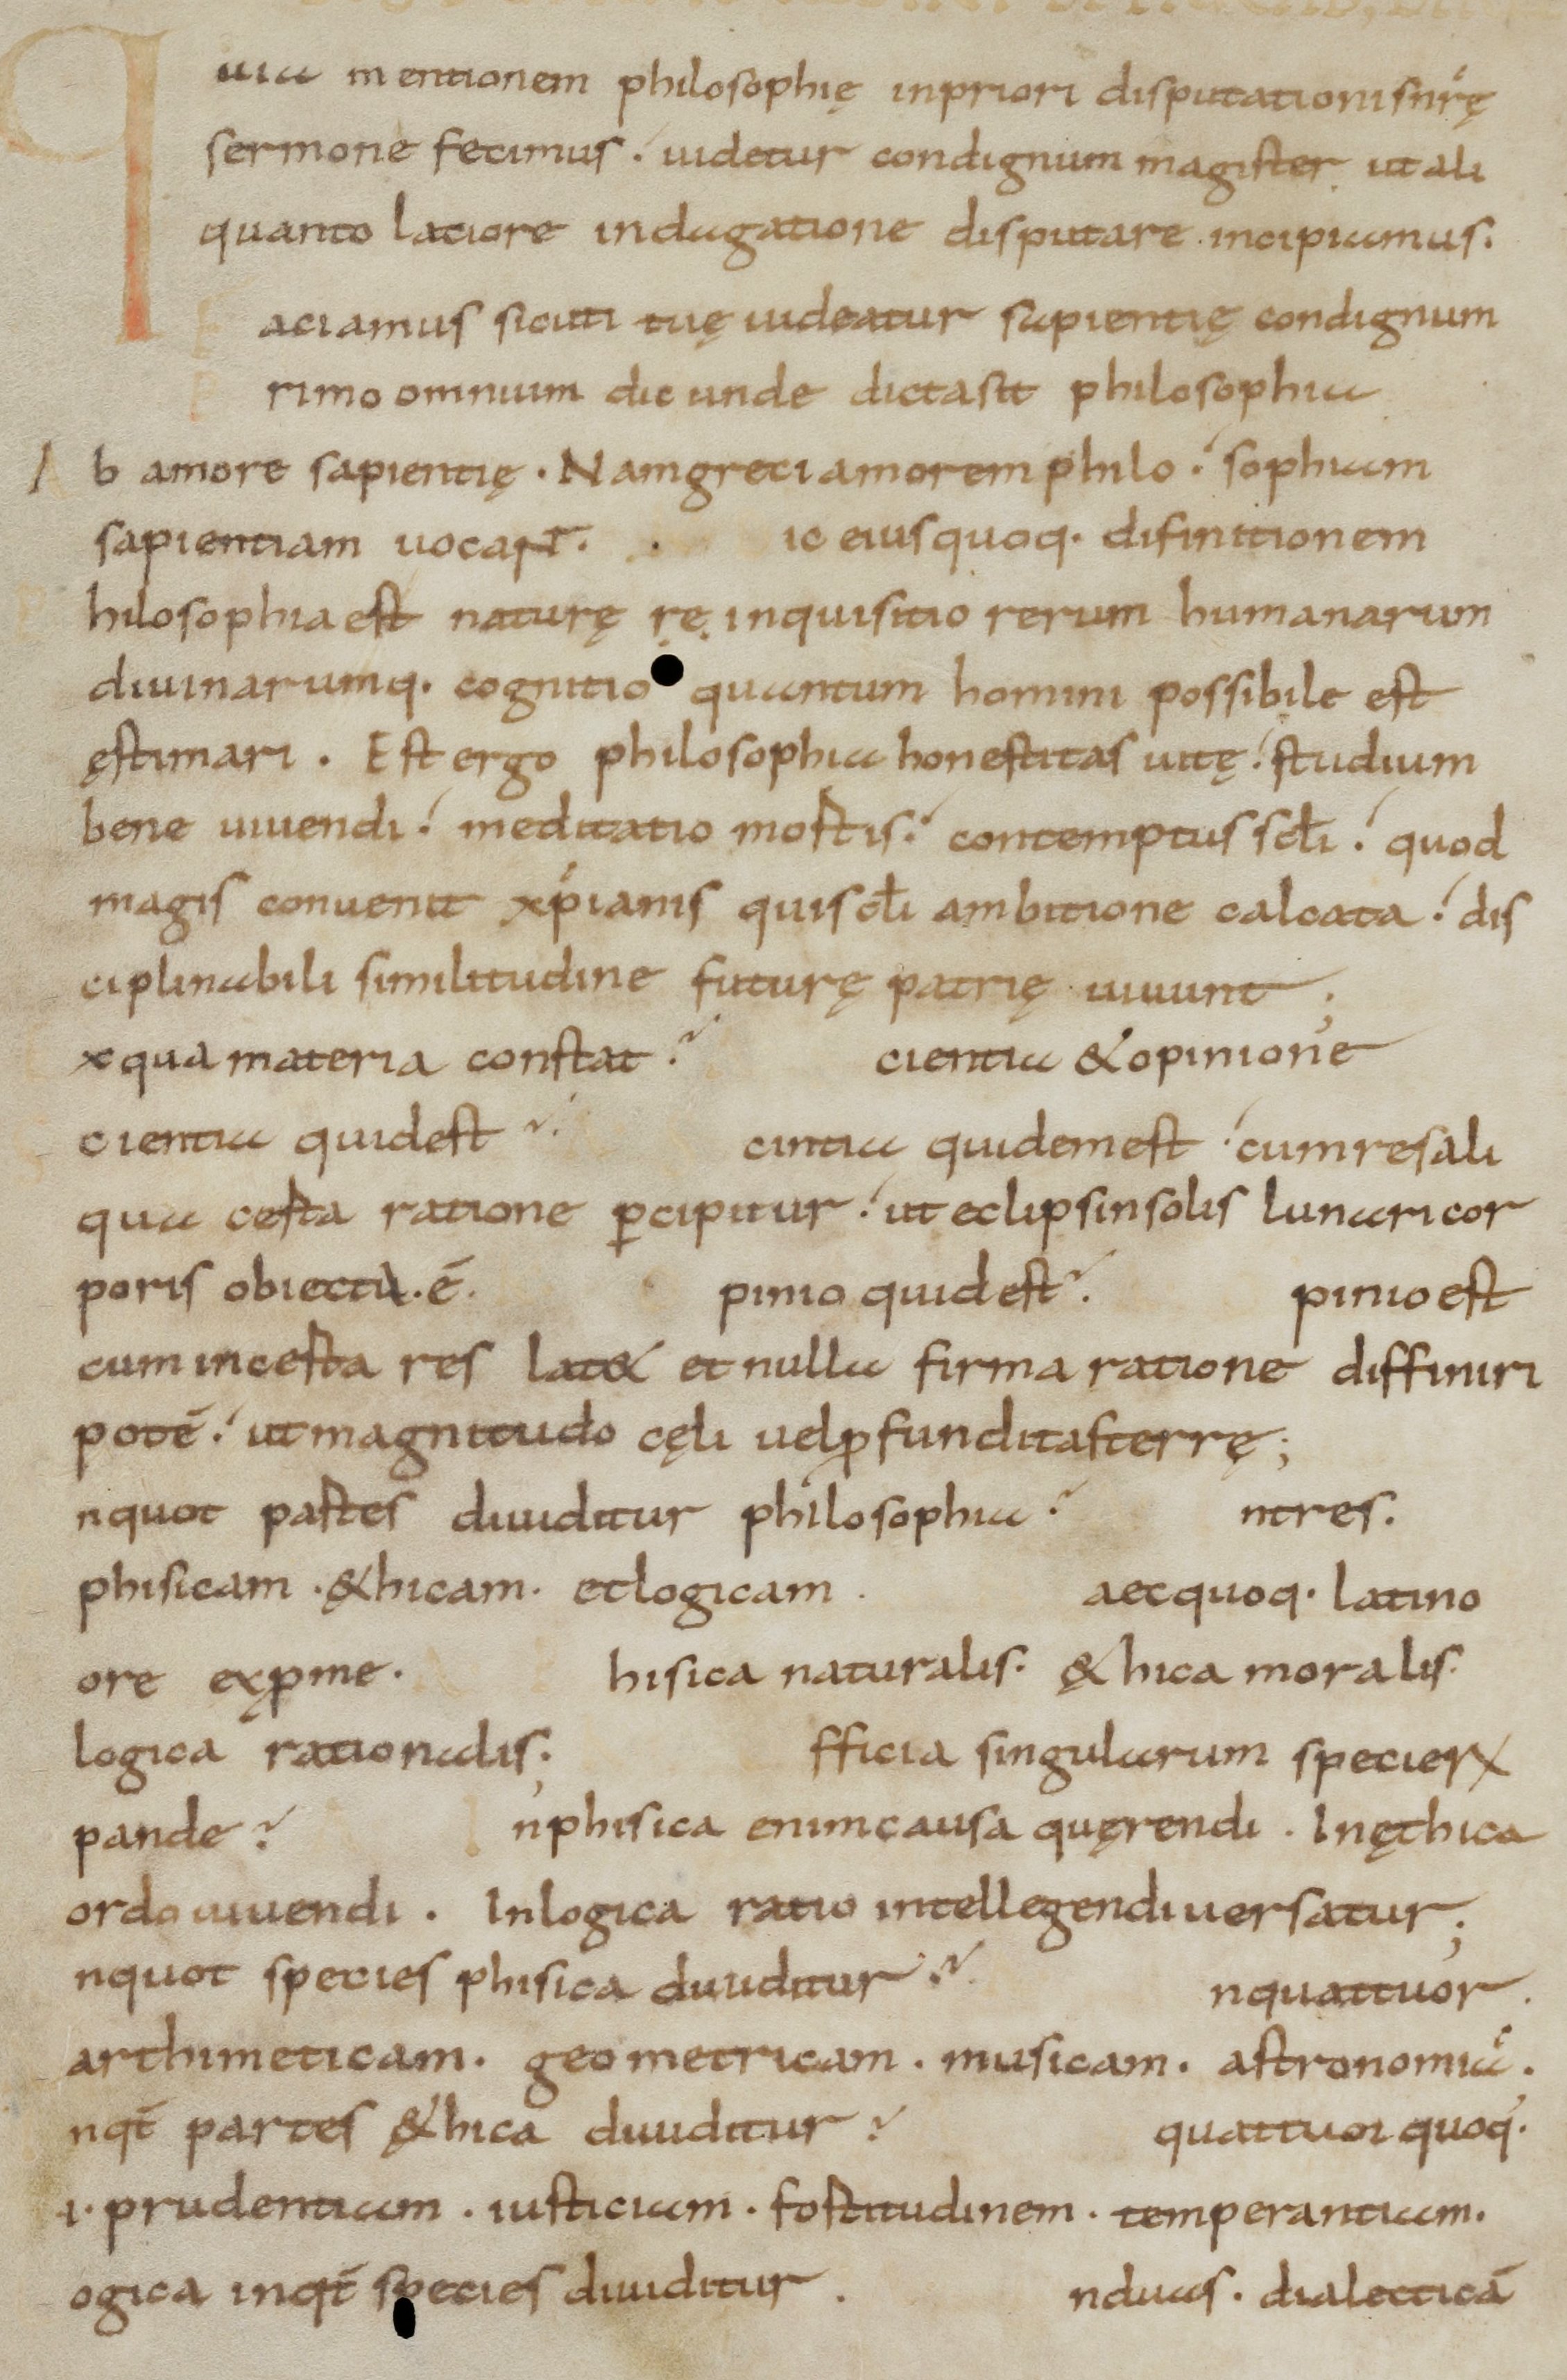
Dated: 800–899